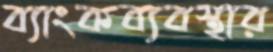
ব্যাংকব্যবস্থার